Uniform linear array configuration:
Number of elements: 48
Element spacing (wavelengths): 0.75
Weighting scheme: blackman
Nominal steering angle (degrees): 0
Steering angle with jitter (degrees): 0.5954
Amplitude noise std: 0.05
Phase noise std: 0.05

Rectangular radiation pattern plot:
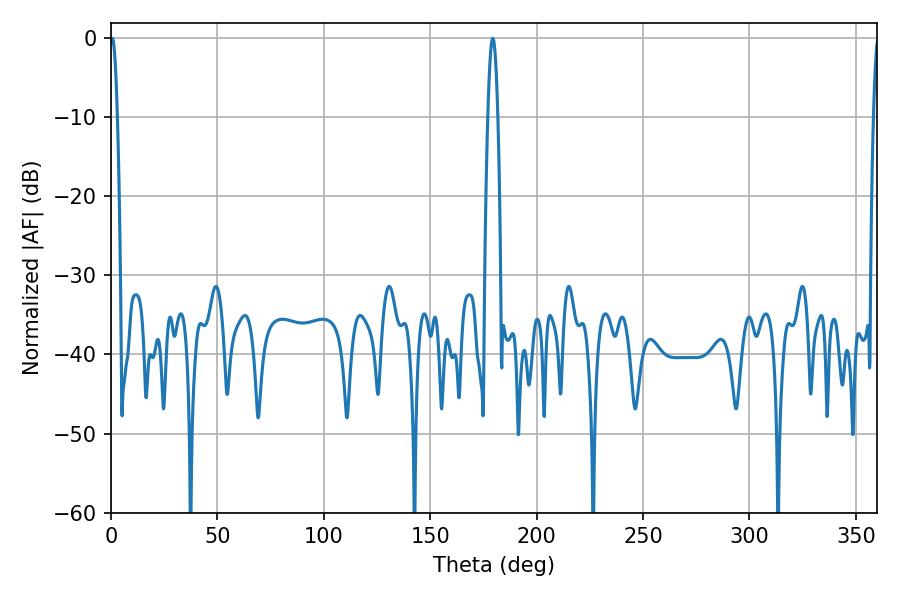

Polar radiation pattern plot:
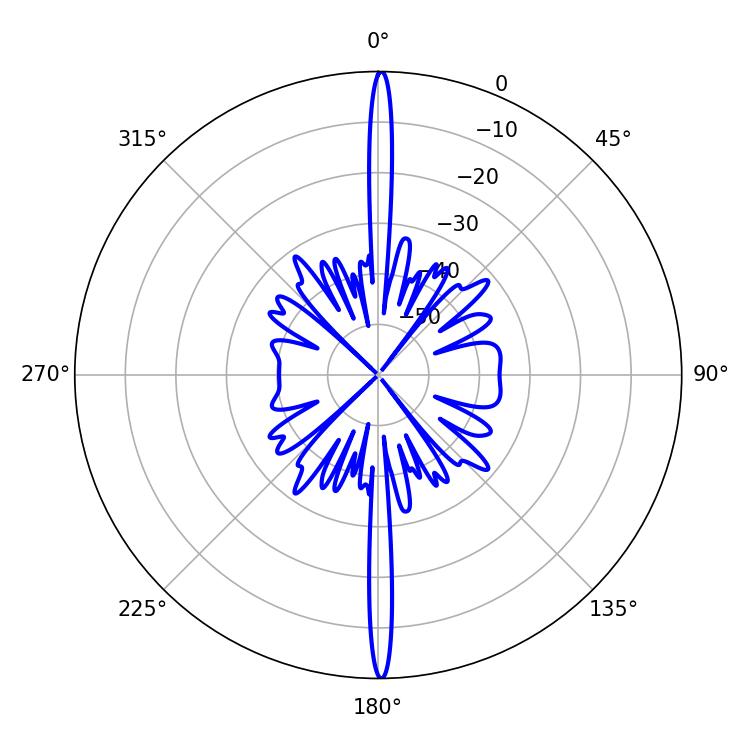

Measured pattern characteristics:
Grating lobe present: TRUE
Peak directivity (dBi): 32.326
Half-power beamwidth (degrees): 1.8
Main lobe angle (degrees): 0.54